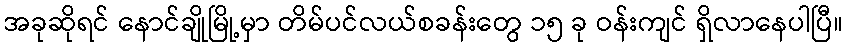
အခုဆိုရင် နောင်ချိုမြို့မှာ တိမ်ပင်လယ်စခန်းတွေ ၁၅ ခု ဝန်းကျင် ရှိလာနေပါပြီ။